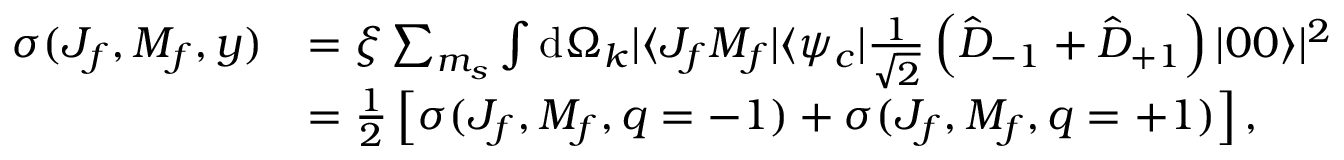
\begin{array} { r l } { \sigma ( J _ { f } , M _ { f } , y ) } & { = \xi \sum _ { m _ { s } } \int \mathrm { d } \Omega _ { k } | \langle J _ { f } M _ { f } | \langle \psi _ { c } | \frac { 1 } { \sqrt { 2 } } \left( \hat { D } _ { - 1 } + \hat { D } _ { + 1 } \right) | 0 0 \rangle | ^ { 2 } } \\ & { = \frac { 1 } { 2 } \left[ \sigma ( J _ { f } , M _ { f } , q = - 1 ) + \sigma ( J _ { f } , M _ { f } , q = + 1 ) \right] , } \end{array}